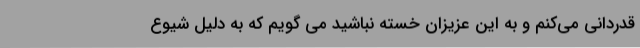
قدردانی می‌کنم و به این عزیزان خسته نباشید می گویم که به دلیل شیوع